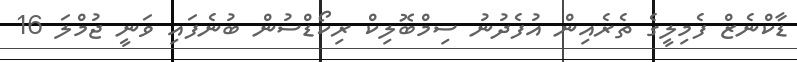
ޑާކްނެޒް ފެމިލީގެ ތެރެއިން އުފެދުނު ސިމްބޮލިކް ރިކޯޑްސުން ބުނެފައި ވަނީ ޖުމްލަ 16